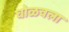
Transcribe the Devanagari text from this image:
घोळवला